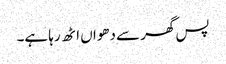
پس گھر سے دھواں اٹھ رہا ہے۔